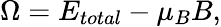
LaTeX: \Omega=E_{total}-\mu_{B}B,